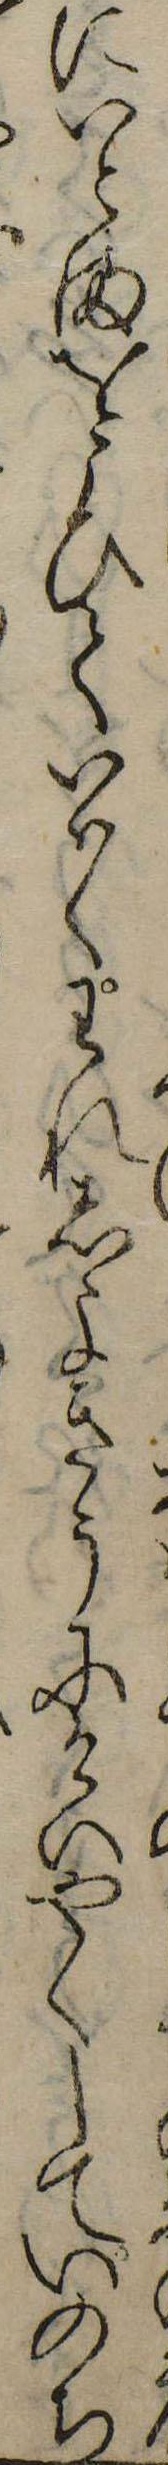
にいとまをこひていはくわれしよきうにけいやくしていのち